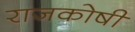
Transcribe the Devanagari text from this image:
राजकोषी